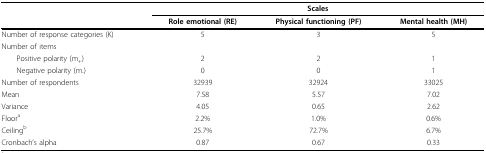
|  | <COLSPAN=3> Scales |
 |  | Role emotional (RE) | Physical functioning (PF) | Mental health (MH) |
 | --- | --- | --- | --- |
 | Number of response categories (K) | 5 | 3 | 5 |
 | Number of items |  |  |  |
 | Positive polarity (m+) | 2 | 2 | 1 |
 | Negative polarity (m-) | 0 | 0 | 1 |
 | Number of respondents | 32939 | 32924 | 33025 |
 | Mean | 7.58 | 5.57 | 7.02 |
 | Variance | 4.05 | 0.65 | 2.62 |
 | Floora | 2.2% | 1.0% | 0.6% |
 | Ceilingb | 25.7% | 72.7% | 6.7% |
 | Cronbach's alpha | 0.87 | 0.67 | 0.33 |